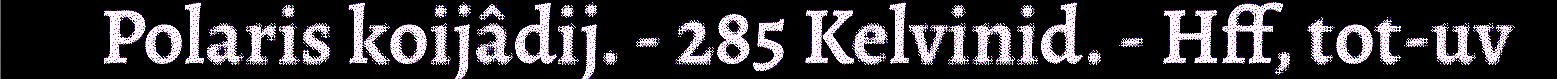
Polaris koijâdij. - 285 Kelvinid. - Hff, tot-uv